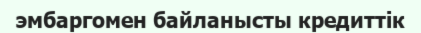
эмбаргомен байланысты кредиттік